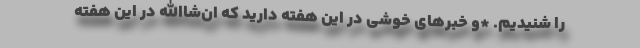
را شنیدیم. *و خبرهای خوشی در این هفته دارید که ان‌شاالله در این هفته